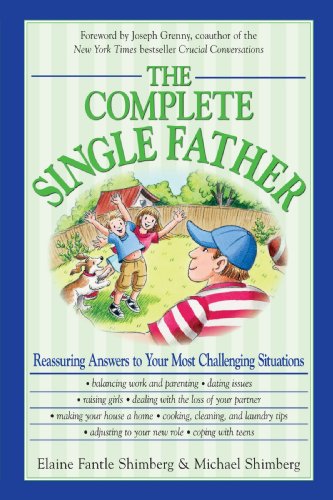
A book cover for The Complete Single Father: Reassuring Answers to Your Most Challenging Situations; Elaine Fantle Shimberg; Parenting & Relationships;